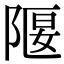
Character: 隁